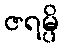
ဇရမ္ပိ